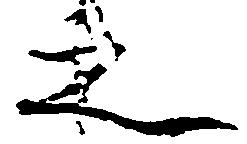
之